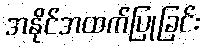
အနိုင်အထက်ပြုခြင်း